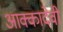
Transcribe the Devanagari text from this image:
आक्कादेवी